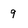
Character: 9